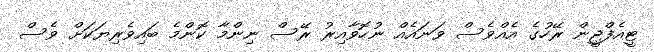
ޓީއެފްޖީން ރޭހުގެ އެއްވެސް ވަނައެއް ނުހޮވާއިރު ރޭސް ނިންމާ ކޮންމެ ބައިވެރިޔަކަށް ވެސް